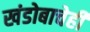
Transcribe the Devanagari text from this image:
खंडोबाचेही